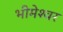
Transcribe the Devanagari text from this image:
भीमेश्‍वर